Report on lock hospitals in British Burma
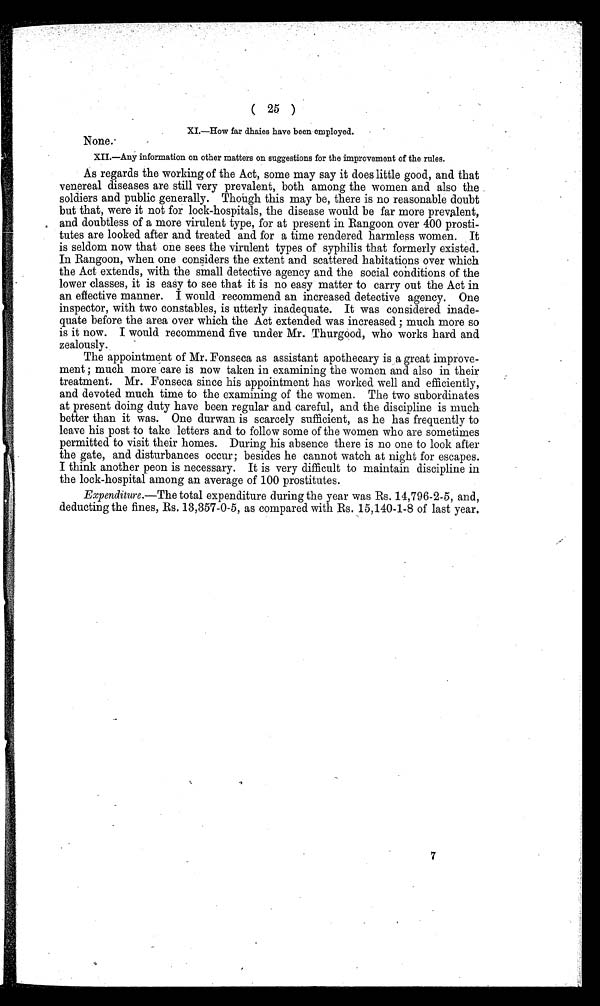
( 25 )
None;
XL—How far dhaies have been employed.
XII.—Any information on other matters on suggestions for the improvement of the rules.
As regards the working of the Act, some may say it does little good, and that
venereal diseases are still very prevalent, both among the women and also the
soldiers and public generally. Though this may be, there is no reasonable doubt
but that, were it not for lock-hospitals, the disease would be far more prevalent,
and doubtless of a more virulent type, for at present in Rangoon over 400 prosti-
tutes are looked after and treated and for a time rendered harmless women. It
is seldom now that one sees the virulent types of syphilis that formerly existed.
In Rangoon, when one considers the extent and scattered habitations over which
the Act extends, with the small detective agency and the social conditions of the
lower classes, it is easy to see that it is no easy matter to carry out the Act in
an effective manner. I would recommend an increased detective agency. One
inspector, with two constables, is utterly inadequate. It was considered inade-
quate before the area over which the Act extended was increased ; much more so
is it now. I would recommend five under Mr. Thurgood, who works hard and
zealously.
The appointment of Mr. Fonseca as assistant apothecary is a great improve-
ment ; much more care is now taken in examining the women and also in their
treatment. Mr. Fonseca since his appointment has worked well and efficiently,
and devoted much time to the examining of the women. The two subordinates
at present doing duty have been regular and careful, and the discipline is much
better than it was. One durwan is scarcely sufficient, as he has frequently to
leave his post to take letters and to follow some of the women who are sometimes
permitted to visit their homes. During his absence there is no one to look after
the gate, and disturbances occur; besides he cannot watch at night for escapes.
I think another peon is necessary. It is very difficult to maintain discipline in
the lock-hospital among an average of 100 prostitutes.
Expenditure.—The total expenditure during the year was Rs. 14,796-2-5, and,
deducting the fines, Rs. 13,357-0-5, as compared with Rs. 15,140-1-8 of last year.